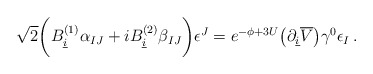
\begin{align*}\sqrt 2\biggl ( B_{\underline i}^{(1)}\alpha_{IJ} + i B_{\underline i}^{(2)}\beta_{IJ}\biggr )\epsilon^J = e^{-\phi + 3U}\bigl (\partial_{\underline i}\overline V\bigr )\gamma^0\epsilon_I\, .\end{align*}